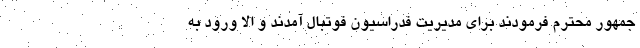
جمهور محترم فرمودند برای مدیریت فدراسیون فوتبال آمدند و الا ورود به